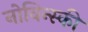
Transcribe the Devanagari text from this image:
नोविन्स्की